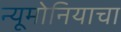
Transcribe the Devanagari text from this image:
न्यूमोनियाचा